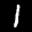
Label: 1